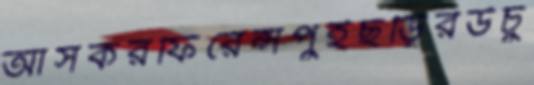
আসকরফিরেন্সপুইছড়িরউচু